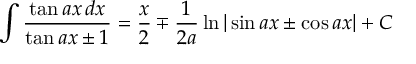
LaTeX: \int { \frac { \tan a x \, d x } { \tan a x \pm 1 } } = { \frac { x } { 2 } } \mp { \frac { 1 } { 2 a } } \ln | \sin a x \pm \cos a x | + C